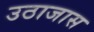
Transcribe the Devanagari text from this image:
उठाजास